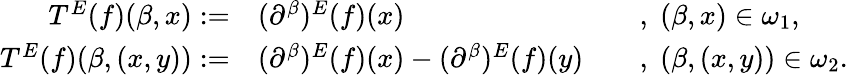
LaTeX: \begin{array}{rlrl}{T^{E}(f)(\beta,x):=}&{(\partial^{\beta})^{E}(f)(x)}&&{,\; (\beta,x)\in\omega_{1},}\\ {T^{E}(f)(\beta,(x,y)):=}&{(\partial^{\beta})^{E}(f)(x)-(\partial^{\beta})^{E}(f)(y)}&&{,\; (\beta,(x,y))\in\omega_{2}.}\end{array}